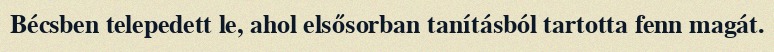
Bécsben telepedett le, ahol elsősorban tanításból tartotta fenn magát.